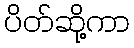
ပိတ်ဆို့ကာ